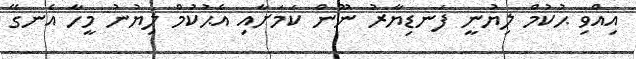
އިއްވި ޙުކުމް ލިޔުނީ ފަނޑިޔާރު ނޫން ކަމަށާއި އެޙުކުމް ލިޔުނު މީހާ އެނގޭ